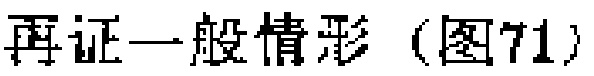
再证一般情形（图71）